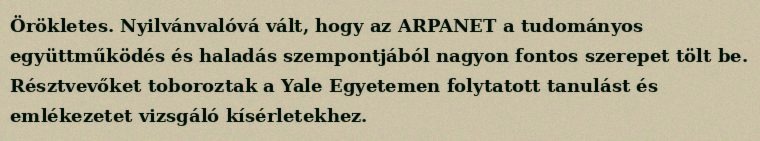
Örökletes. Nyilvánvalóvá vált, hogy az ARPANET a tudományos együttműködés és haladás szempontjából nagyon fontos szerepet tölt be. Résztvevőket toboroztak a Yale Egyetemen folytatott tanulást és emlékezetet vizsgáló kísérletekhez.